Indian journal of veterinary science and animal husbandry - Volumes 15-17, 1948-1951
Year: 1948
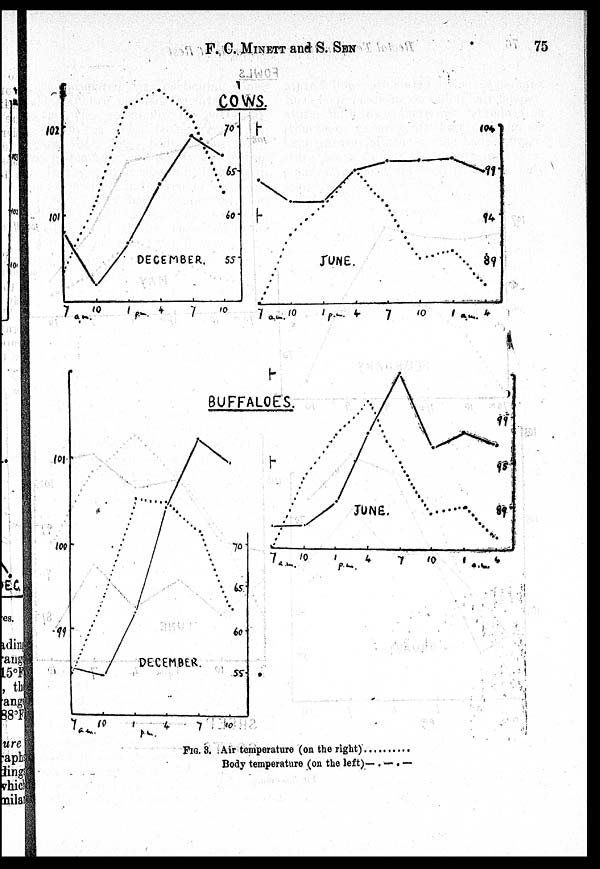
F. C. MINETT and S.
SEN
75
FIG. 3. Air temperature (on the right). . . .
Body temperature (on the left)— . — . —